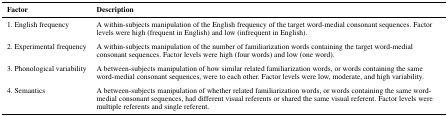
| Factor | Description |
 | --- | --- |
 | 1. English frequency | A within-subjects manipulation of the English frequency of the target word-medial consonant sequences. Factor levels were high (frequent in English) and low (infrequent in English). |
 | 2. Experimental frequency | A within-subjects manipulation of the number of familiarization words containing the target word-medial consonant sequences. Factor levels were high (four words) and low (one word). |
 | 3. Phonological variability | A between-subjects manipulation of how similar related familiarization words, or words containing the same word-medial consonant sequences, were to each other. Factor levels were low, moderate, and high variability. |
 | 4. Semantics | A between-subjects manipulation of whether related familiarization words, or words containing the same word-medial consonant sequences, had different visual referents or shared the same visual referent. Factor levels were multiple referents and single referent. |